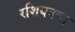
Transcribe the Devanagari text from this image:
रशियनचा